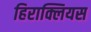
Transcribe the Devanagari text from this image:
हिराक्लियस